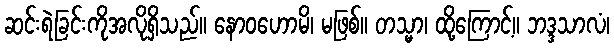
ဆင်းရဲခြင်းကိုအလိုရှိသည်။ နောဝဟောမိ၊ မဖြစ်။ တသ္မာ၊ ထို့ကြောင့်။ ဘဒ္ဒသာလံ၊